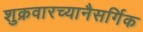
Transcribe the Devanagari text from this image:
शुक्रवारच्यानैसर्गिक